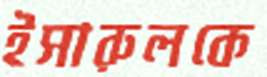
ইসারুলকে